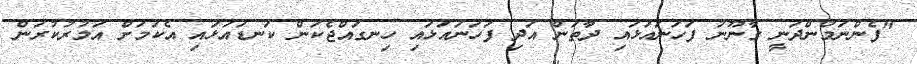
"ފެންނަމުންދަނީ ގާނޫނު ފަހަނައަޅައި ދާތަން އަދި ފަހަނައަޅައި ހިނގައްޖެކަން ކަނޑައަޅައި އެކަމަށް އަމުރުކުރަން